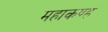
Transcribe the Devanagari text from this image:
महाकण्ह